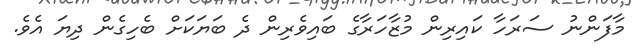
މާފަންނު ސަރަހާ ކައިރިން މުޒާހަރާގެ ބައިވެރިން ދެ ބަޔަކަށް ބެހިގެން ދިޔަ އެވެ.